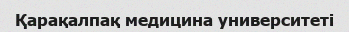
Қарақалпақ медицина университеті